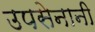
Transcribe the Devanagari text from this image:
उपसेनानी